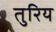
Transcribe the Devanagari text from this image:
तुरिय